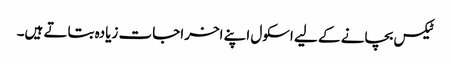
ٹیکس بچانے کے لیے اسکول اپنے اخراجات زیادہ بتاتے ہیں۔